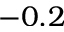
- 0 . 2